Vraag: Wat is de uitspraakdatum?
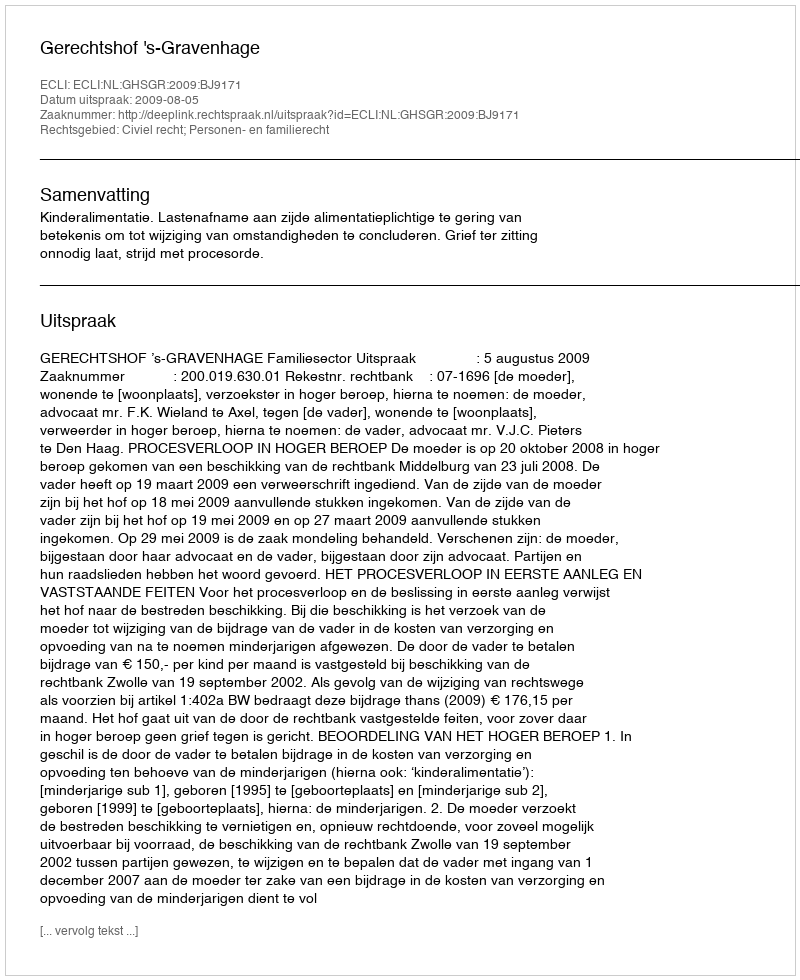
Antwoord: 2009-08-05